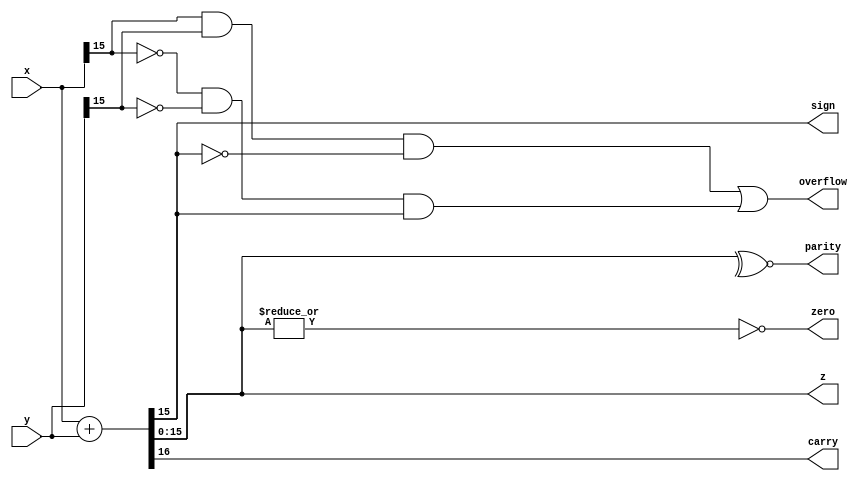
module alu16(x,y,z,sign,zero,carry,parity,overflow);
  input [15:0] x,y;
  output [15:0] z;
  output sign,zero,carry,parity,overflow;

  assign {carry,z}=x+y; //16bit addition 
  assign sign=z[15];
  assign zero=~|z;
  assign parity= ~^z;
  assign overflow=(x[15]&y[15]&~z[15])|(~x[15]&~y[15]&z[15]);
endmodule